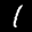
Label: 1